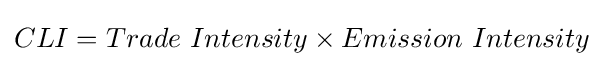
CLI=Trade\ Intensity\times Emission\ Intensity